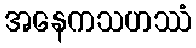
အနေကသဟဿံ